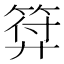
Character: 𭚚